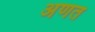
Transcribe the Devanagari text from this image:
अणत